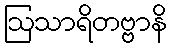
ဩသာရိတဗ္ဗာနိ